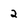
Character: 2